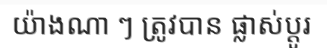
យ៉ាងណា ៗ ត្រូវបាន ផ្លាស់ប្តូរ